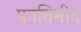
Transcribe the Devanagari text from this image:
फ़ातिमीद